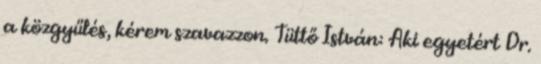
a közgyűlés, kérem szavazzon. Tüttő István: Aki egyetért Dr.